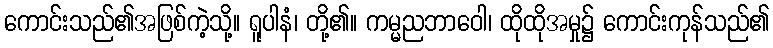
ကောင်းသည်၏အဖြစ်ကဲ့သို့။ ရူပါနံ၊ တို့၏။ ကမ္မညဘာဝေါ၊ ထိုထိုအမှု၌ ကောင်းကုန်သည်၏